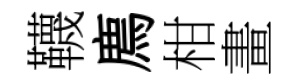
韈廌柑畫